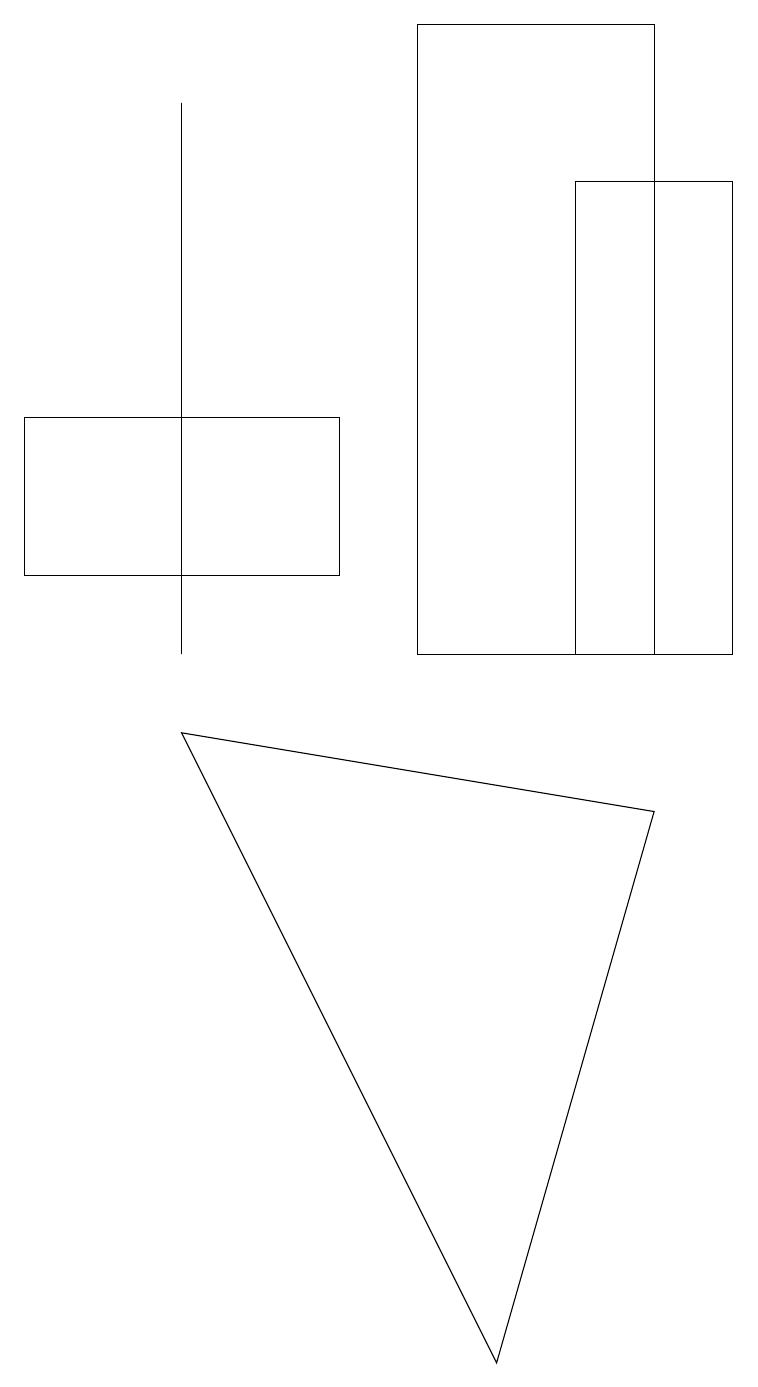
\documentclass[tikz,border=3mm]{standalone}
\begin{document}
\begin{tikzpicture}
\draw (5,10) rectangle (8,18);
\draw (7,10) rectangle (9,16);
\draw (2,9) -- (8,8) -- (6,1) -- cycle;
\draw (0,11) rectangle (4,13);
\draw (2,17) rectangle (2,10);
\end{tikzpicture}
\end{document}